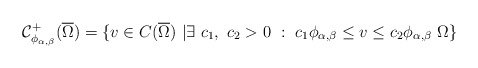
\begin{align*}\mathcal C^+_{\phi_{\alpha,\beta}} (\overline{\Omega})= \{v \in C(\overline{\Omega})\ | \exists\ c_1,\ c_2>0\ : \ c_1 \phi_{\alpha,\beta} \leq v \leq c_2 \phi_{\alpha,\beta}\ \Omega\}\end{align*}